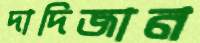
দাদিজান